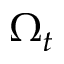
\Omega _ { t }